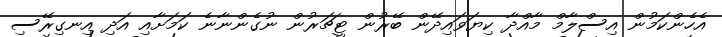
އެހެންކަމުން އިސްލާމް މާއްދާ ކިޔަވައިދޭން ބޭރުން ޓީޗަރުން ނުގެންނާނެ ކަމަށާއި އަދި އިނގިރޭސި